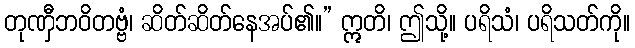
တုဏှီဘဝိတဗ္ဗံ၊ ဆိတ်ဆိတ်နေအပ်၏။” ဣတိ၊ ဤသို့။ ပရိသံ၊ ပရိသတ်ကို။